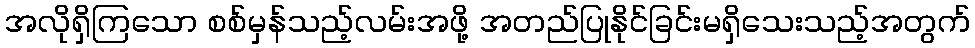
အလိုရှိကြသော စစ်မှန်သည့်လမ်းအဖို့ အတည်ပြုနိုင်ခြင်းမရှိသေးသည့်အတွက်